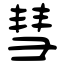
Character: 彗